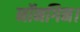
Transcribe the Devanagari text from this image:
नॉनगिन।